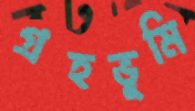
গ্রহভূমি